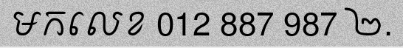
មកលេខ 012 887 987 ២.